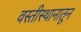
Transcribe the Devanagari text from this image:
वस्तीस्थानातून